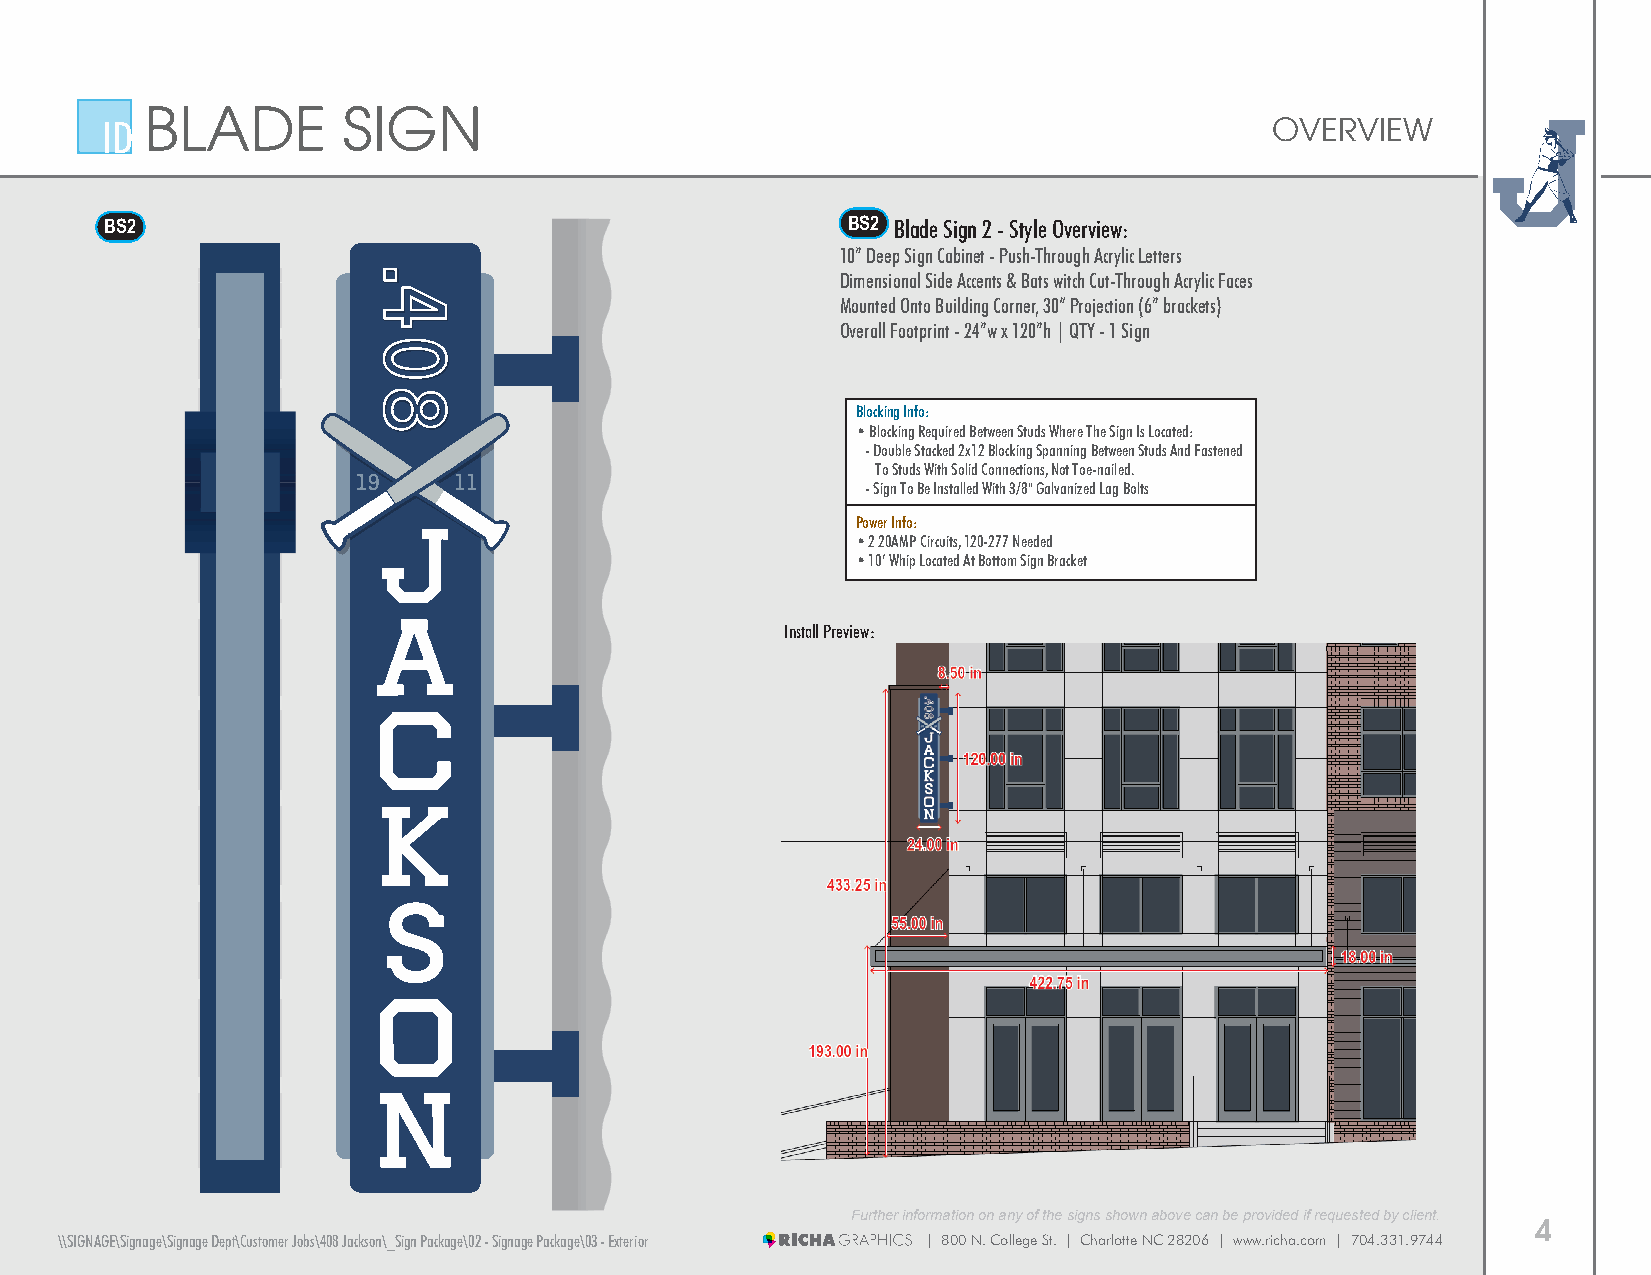
BLADE        SIGN
 ID                                                                           OVERVIEW
 BS2                                              BS 2 Blade Sign 2 - Style Overview:
 10” Deep Sign Cabinet - Push-Through Acrylic Letters
 Dimensional Side Accents & Bats witch Cut-Through Acrylic Faces
 Mounted Onto Building Corner, 30“ Projection (6” brackets)
 Overall Footprint - 24”w x 120”h | QTY - 1 Sign
 Blocking Info:
 • Blocking Required Between Studs Where The Sign Is Located:
 - Double Stacked 2x12 Blocking Spanning Between Studs And Fastened
 To Studs With Solid Connections, Not Toe-nailed.
 - Sign To Be Installed With 3/8" Galvanized Lag Bolts
 Power Info:
 • 2 20AMP Circuits, 120-277 Needed
 • 10’ Whip Located At Bottom Sign Bracket
 Install Preview:
 Further information on any of the signs shown above can be provided if requested by client.
 4
 \\SIGNAGE\Signage\Signage Dept\Customer Jobs\408 Jackson\_Sign Package\02 - Signage Package\03 - Exterior | 800 N. College St. | Charlotte NC 28206 | www.richa.com | 704.331.9744